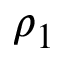
\rho _ { 1 }